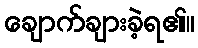
ချောက်ချားခဲ့ရ၏။